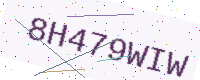
Text: 8H479WIW